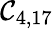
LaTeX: \mathcal{C}_{4,17}